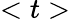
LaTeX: <t>